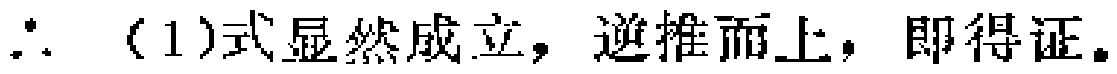
$\therefore$（1）式显然成立，逆推而上，即得证。